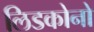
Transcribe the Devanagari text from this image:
लिडकोनो